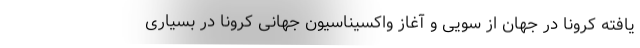
یافته کرونا در جهان از سویی و آغاز واکسیناسیون جهانی کرونا در بسیاری